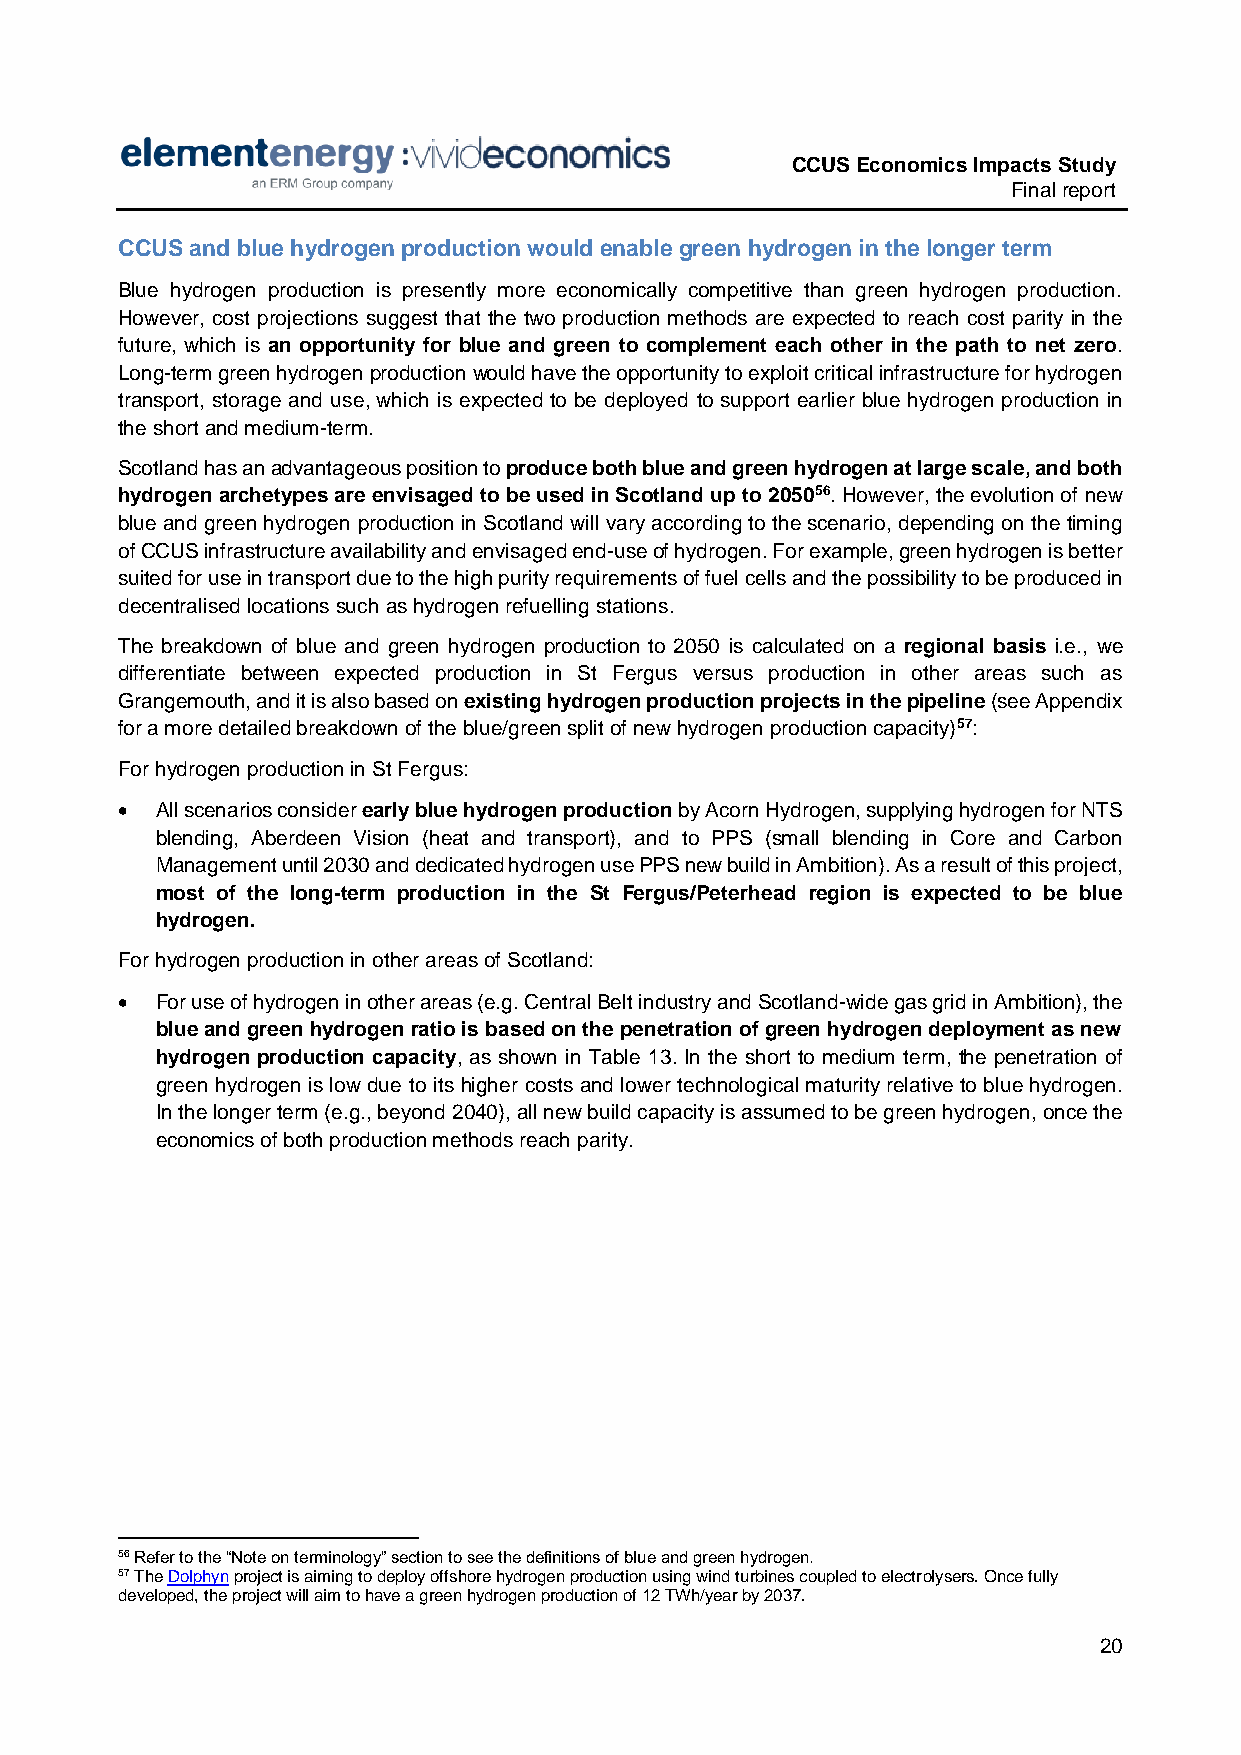
CCUS Economics Impacts Study
 Final report
 CCUS and blue hydrogen production would enable green hydrogen in the longer term
 Blue hydrogen production is presently more economically competitive than green hydrogen production.
 However, cost projections suggest that the two production methods are expected to reach cost parity in the
 future, which is an opportunity for blue and green to complement each other in the path to net zero.
 Long-term green hydrogen production would have the opportunity to exploit critical infrastructure for hydrogen
 transport, storage and use, which is expected to be deployed to support earlier blue hydrogen production in
 the short and medium-term.
 Scotland has an advantageous position to produce both blue and green hydrogen at large scale, and both
 hydrogen archetypes are envisaged to be used in Scotland up to 205056. However, the evolution of new
 blue and green hydrogen production in Scotland will vary according to the scenario, depending on the timing
 of CCUS infrastructure availability and envisaged end-use of hydrogen. For example, green hydrogen is better
 suited for use in transport due to the high purity requirements of fuel cells and the possibility to be produced in
 decentralised locations such as hydrogen refuelling stations.
 The breakdown of blue and green hydrogen production to 2050 is calculated on a regional basis i.e., we
 differentiate between expected production in St Fergus versus production in other areas such as
 Grangemouth, and it is also based on existing hydrogen production projects in the pipeline (see Appendix
 for a more detailed breakdown of the blue/green split of new hydrogen production capacity)57:
 For hydrogen production in St Fergus:
  All scenarios consider early blue hydrogen production by Acorn Hydrogen, supplying hydrogen for NTS
 blending, Aberdeen Vision (heat and transport), and to PPS (small blending in Core and Carbon
 Management until 2030 and dedicated hydrogen use PPS new build in Ambition). As a result of this project,
 most of the long-term production in the St Fergus/Peterhead region is expected to be blue
 hydrogen.
 For hydrogen production in other areas of Scotland:
  For use of hydrogen in other areas (e.g. Central Belt industry and Scotland-wide gas grid in Ambition), the
 blue and green hydrogen ratio is based on the penetration of green hydrogen deployment as new
 hydrogen production capacity, as shown in Table 13. In the short to medium term, the penetration of
 green hydrogen is low due to its higher costs and lower technological maturity relative to blue hydrogen.
 In the longer term (e.g., beyond 2040), all new build capacity is assumed to be green hydrogen, once the
 economics of both production methods reach parity.
 56 Refer to the “Note on terminology” section to see the definitions of blue and green hydrogen.
 57 The Dolphyn project is aiming to deploy offshore hydrogen production using wind turbines coupled to electrolysers. Once fully
 developed, the project will aim to have a green hydrogen production of 12 TWh/year by 2037.
 20